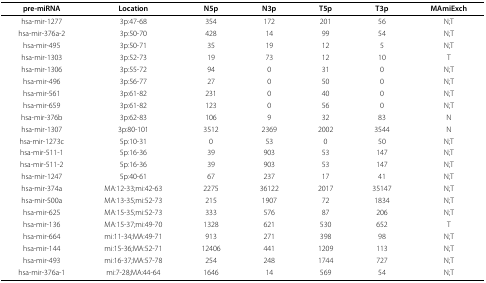
<table><thead><tr><td><b>pre-miRNA</b></td><td><b>Location</b></td><td><b>N5p</b></td><td><b>N3p</b></td><td><b>T5p</b></td><td><b>T3p</b></td><td><b>MAmiExch</b></td></tr></thead><tbody><tr><td>hsa-mir-1277</td><td>3p:47-68</td><td>354</td><td>172</td><td>201</td><td>56</td><td>N;T</td></tr><tr><td>hsa-mir-376a-2</td><td>3p:50-70</td><td>428</td><td>14</td><td>99</td><td>54</td><td>N;T</td></tr><tr><td>hsa-mir-495</td><td>3p:50-71</td><td>35</td><td>19</td><td>12</td><td>5</td><td>N;T</td></tr><tr><td>hsa-mir-1303</td><td>3p:52-73</td><td>19</td><td>73</td><td>12</td><td>10</td><td>T</td></tr><tr><td>hsa-mir-1306</td><td>3p:55-72</td><td>94</td><td>0</td><td>31</td><td>0</td><td>N;T</td></tr><tr><td>hsa-mir-496</td><td>3p:56-77</td><td>27</td><td>0</td><td>50</td><td>0</td><td>N;T</td></tr><tr><td>hsa-mir-561</td><td>3p:61-82</td><td>231</td><td>0</td><td>40</td><td>0</td><td>N;T</td></tr><tr><td>hsa-mir-659</td><td>3p:61-82</td><td>123</td><td>0</td><td>56</td><td>0</td><td>N;T</td></tr><tr><td>hsa-mir-376b</td><td>3p:62-83</td><td>106</td><td>9</td><td>32</td><td>83</td><td>N</td></tr><tr><td>hsa-mir-1307</td><td>3p:80-101</td><td>3512</td><td>2369</td><td>2002</td><td>3544</td><td>N</td></tr><tr><td>hsa-mir-1273c</td><td>5p:10-31</td><td>0</td><td>53</td><td>0</td><td>50</td><td>N;T</td></tr><tr><td>hsa-mir-511-1</td><td>5p:16-36</td><td>39</td><td>903</td><td>53</td><td>147</td><td>N;T</td></tr><tr><td>hsa-mir-511-2</td><td>5p:16-36</td><td>39</td><td>903</td><td>53</td><td>147</td><td>N;T</td></tr><tr><td>hsa-mir-1247</td><td>5p:40-61</td><td>67</td><td>237</td><td>17</td><td>41</td><td>N;T</td></tr><tr><td>hsa-mir-374a</td><td>MA:12-33;mi:42-63</td><td>2275</td><td>36122</td><td>2017</td><td>35147</td><td>N;T</td></tr><tr><td>hsa-mir-500a</td><td>MA:13-35;mi:52-73</td><td>215</td><td>1907</td><td>72</td><td>1834</td><td>N;T</td></tr><tr><td>hsa-mir-625</td><td>MA:15-35;mi:52-73</td><td>333</td><td>576</td><td>87</td><td>206</td><td>N;T</td></tr><tr><td>hsa-mir-136</td><td>MA:15-37;mi:49-70</td><td>1328</td><td>621</td><td>530</td><td>652</td><td>T</td></tr><tr><td>hsa-mir-664</td><td>mi:11-34;MA:49-71</td><td>913</td><td>271</td><td>398</td><td>98</td><td>N;T</td></tr><tr><td>hsa-mir-144</td><td>mi:15-36;MA:52-71</td><td>12406</td><td>441</td><td>1209</td><td>113</td><td>N;T</td></tr><tr><td>hsa-mir-493</td><td>mi:16-37;MA:57-78</td><td>254</td><td>248</td><td>1744</td><td>727</td><td>N;T</td></tr><tr><td>hsa-mir-376a-1</td><td>mi:7-28;MA:44-64</td><td>1646</td><td>14</td><td>569</td><td>54</td><td>N;T</td></tr></tbody></table>